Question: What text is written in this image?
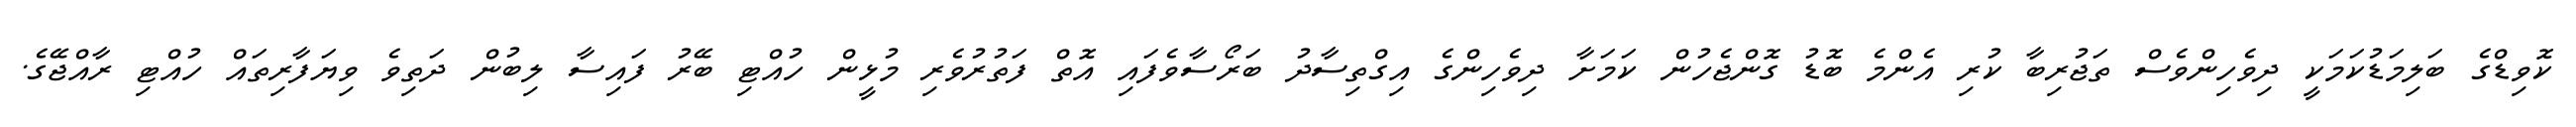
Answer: ކޮވިޑްގެ ބަލިމަޑުކަމަކީ ދިވެހިންވެސް ތަޖުރިބާ ކުރި އެންމެ ބޮޑު ގޮންޖެހުން ކަމަށާ ދިވެހިންގެ އިގްތިސާދު ބަރޯސާވެފައި އޮތް ފަތުރުވެރި މުޅީން ހުއްޓި ބޭރު ފައިސާ ލިބުން ދަތިވެ ވިޔަފާރިތައް ހުއްޓި ރާއްޖޭގެ.